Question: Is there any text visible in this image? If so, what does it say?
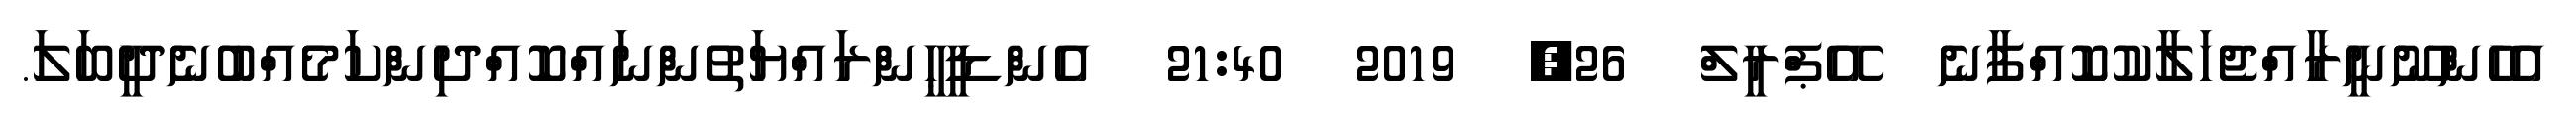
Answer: އެހެންނޫނީރާއްޖެހަލާކުކޮއްފާނެ އޭޕްރީލް 26, 2019 21:40 އެންޑީޙީންރައްޔަތުންނައްކޮއްދިންކަމެއްބުނެދީބަލަ.